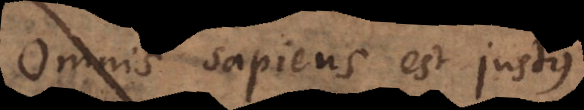
Omnis sapiens est justus.